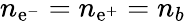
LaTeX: n_{\mathrm{e}^{-}}=n_{\mathrm{e}^{+}}=n_{b}